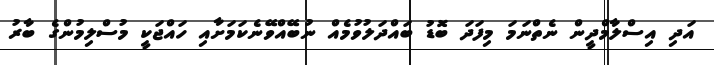
އަދި އިސްލާމްދީން ނެތްނަމަ މިފަދަ ބޮޑު ބައްދަލުވުމެއް ނުބޭއްވޭނެކަމަށާއި ހައްޖަކީ މުސްލިމުންގެ ބާރު